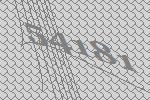
54181